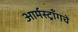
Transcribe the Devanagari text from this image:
आर्मस्ट्राँगचे